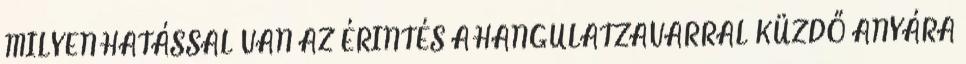
MILYEN HATÁSSAL VAN AZ ÉRINTÉS A HANGULATZAVARRAL KÜZDŐ ANYÁRA